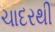
ચાદરથી